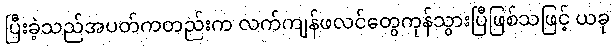
ပြီးခဲ့သည်အပတ်ကတည်းက လက်ကျန်ဖလင်တွေကုန်သွားပြီဖြစ်သဖြင့် ယခု